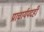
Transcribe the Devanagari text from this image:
प्राचार्यपदही